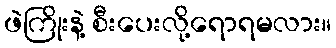
ဖဲကြိုးနဲ့ စီးပေးလို့ရောရမလား။